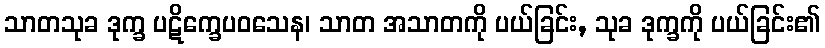
သာတသုခ ဒုက္ခ ပဋိက္ခေပဝသေန၊ သာတ အသာတကို ပယ်ခြင်း, သုခ ဒုက္ခကို ပယ်ခြင်း၏